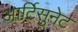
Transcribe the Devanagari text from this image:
आर्टिसुनेट